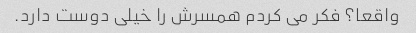
واقعا؟ فکر می کردم همسرش را خیلی دوست دارد.